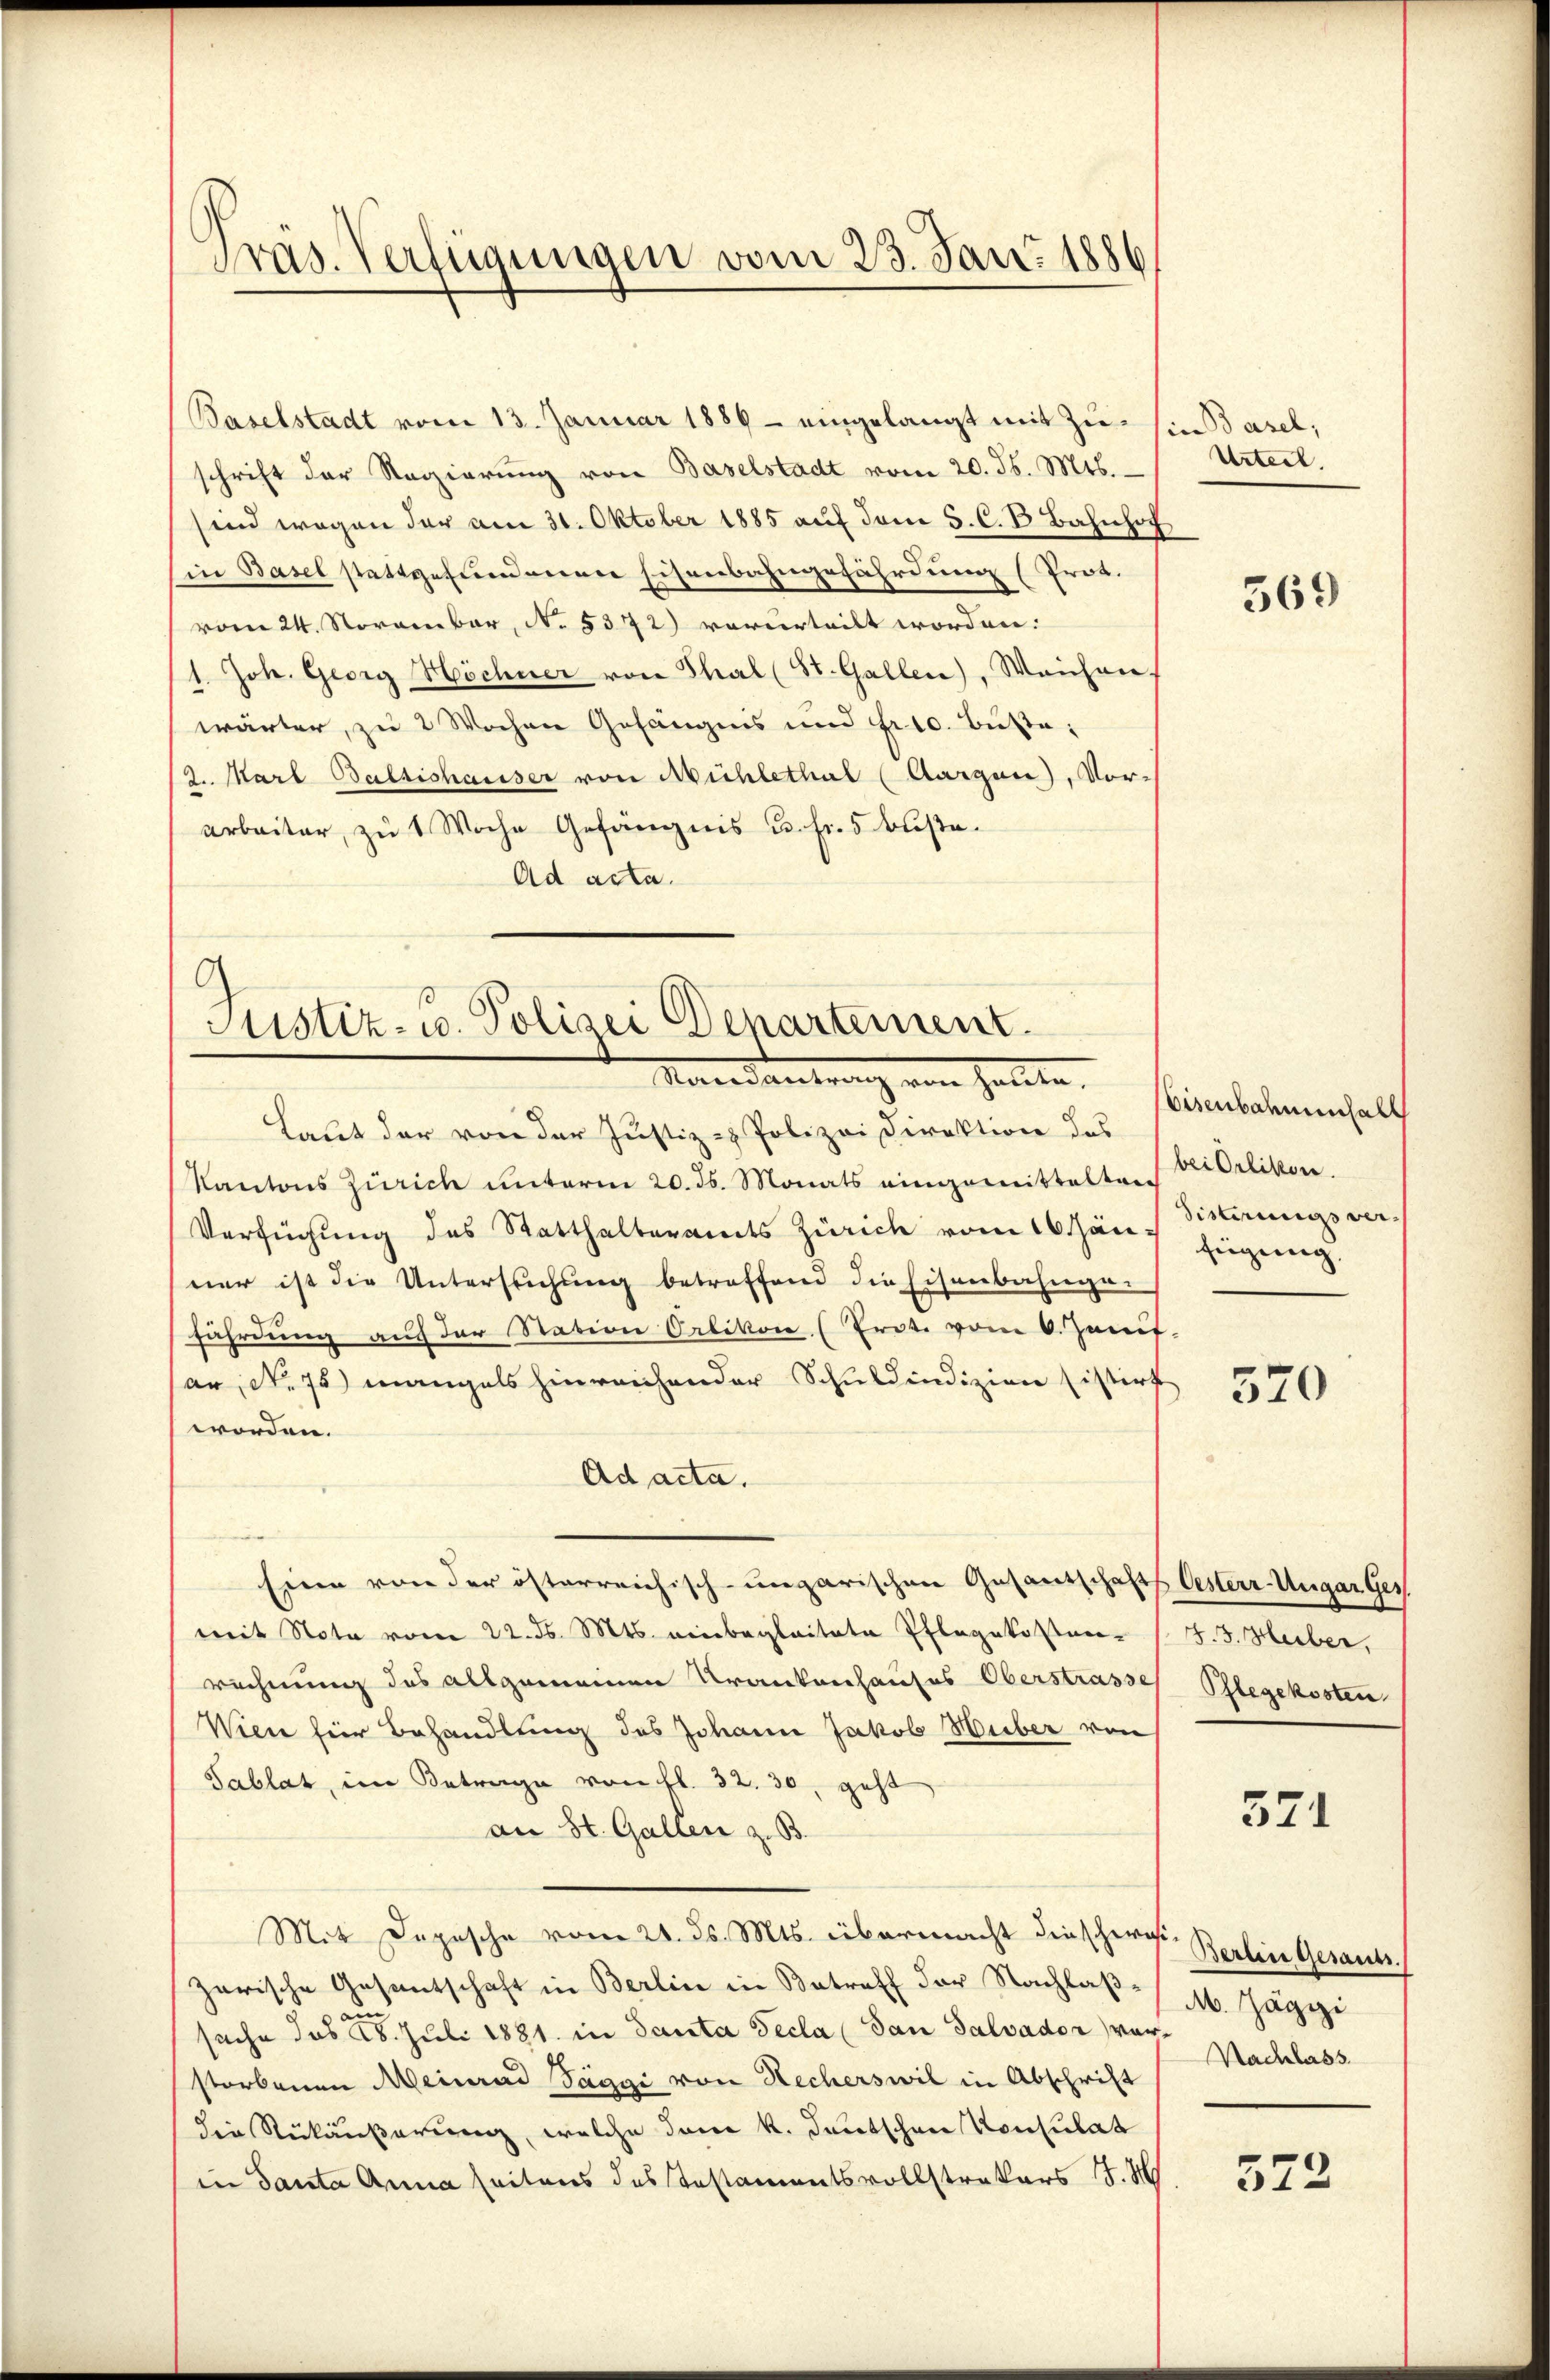
Präs. Verfügungen vom 23. Jan. 1886

Baselstadt vom 13. Januar 1886 - eingelangt mit Zu- sie dasel;
schrift der Regierung von Baselstadt vom 20. ds. Mts.
sind wegen der am 31. Oktober 1885 auf dem S. C. B. Bahnhof
in Basel stattgefundenen Eisenbahngefährdung (Prot.
vom 24. November, N. 5372) vorurteilt worden.
1. Joh. Georg Höchner von Thal (St. Gallen), Weichen
wärter, zu 2 Wochen Gefängnis und fr 10. Büste,
2. Marl Baltishausser von Mühlethal (Aargau), Vor-
arbeiter, zu 1 Woche Gefängnis u. fr. 5 Buße¬
Ad acta.

Justiz- u. Polizei Departement
Materdankung von Zollte,

Laut der von der Justiz & Polizei Direktion des
Kantons Zürich unterm 20. ds. Monats eingemittelten
Verfügung des Statthalteramts Zürich vom 16. Jän Sitterungsverner ist die Untersuchung betreffend die Eisenbahnge-
fährdung aŭf der Station Orlikon (Erot. vom 6. Janis
sar, No. 75) mangels hinreichender Schuldindizion sistirt
worden.
Ad acta.
Eine von der österreichisch-ungarischen Gesantschaft Oesterr-Ungar Ges
mit Note vom 22. ds. Mts. einbegleitete Pflegekosten-
rechnung des allgemeinen Krankenhauses Oberstrasse Pflegekosten
Wien für Behandlung des Johann Jakob Huber von
Tablat, im Betrage von fl. 32. 30, geht
an St. Gallen z. B.
Mit Depesche vom 21. ds. Mts. übermacht dieser Berlin Gesandzerische Gesantschaft in Berlin in Betreff der Nachlaßsache das 28. Juli 1881 in Santa decla (San Salvador vor
storbenen Meinrad Säggi von Recherswil in Abschrift
die Rückäußerung, welche dem k. deutschen Konsulat
in Santa Anna seitens des Testamentsvollstrakers 17.

Urteil.

569

Eisenbahnenfall
bei Orlikon.
fügung.

520

.3. Huber,

571

M. Jäggi
Nachlass

522